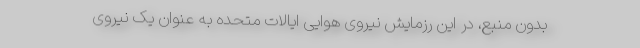
بدون منبع، در این رزمایش نیروی هوایی ایالات متحده به عنوان یک نیروی